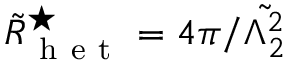
\tilde { R } _ { \mathrm { ~ h ~ e ~ t ~ } } ^ { \star } = 4 \pi / \tilde { \Lambda _ { 2 } ^ { 2 } }